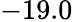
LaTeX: -19.0